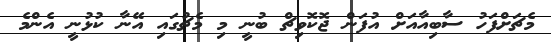
މެޗަށްފަހު ސާބިއާއަށް އުފަން ޖޮކޮވިޗް ބުނީ މި މެޗުގައި އޭނާ ކުޅުނީ އެންމެ